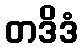
တဒိဒံ